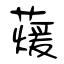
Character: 蕿